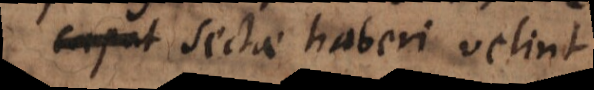
autores sectae haberi velint,